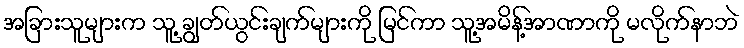
အခြားသူများက သူ့ ချွတ်ယွင်းချက်များကို မြင်ကာ သူ့အမိန့်အာဏာကို မလိုက်နာဘဲ